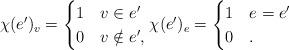
LaTeX: \begin{align*}\chi(e')_v = \begin{cases}1 & v\in e'\\0 & v \notin e',\end{cases}\chi(e')_e = \begin{cases}1 & e = e' \\0 & .\end{cases}\end{align*}